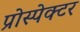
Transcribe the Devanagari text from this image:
प्रोस्पेक्टर